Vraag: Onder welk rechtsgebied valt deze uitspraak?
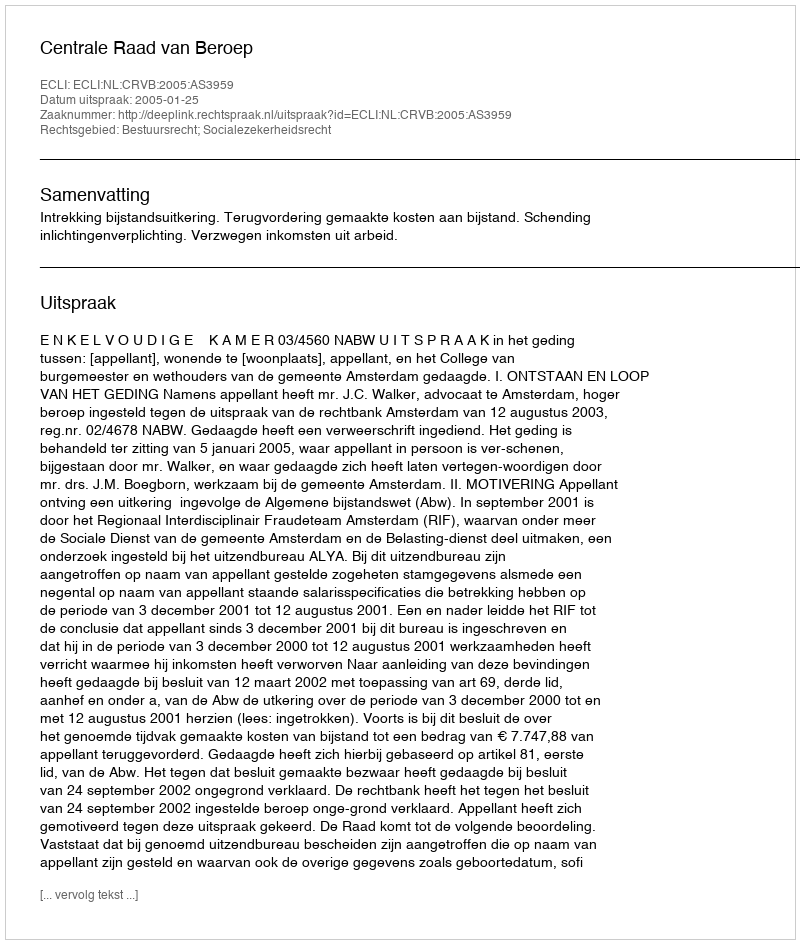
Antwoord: Bestuursrecht; Socialezekerheidsrecht